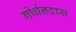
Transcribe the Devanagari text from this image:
गोर्धनदास